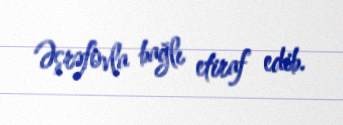
Əşrəfovla bağlı etiraf edib.